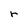
Character: r